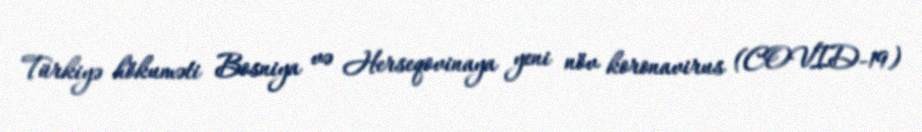
Türkiyə hökuməti Bosniya və Herseqovinaya yeni növ koronavirus (COVID-19)